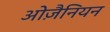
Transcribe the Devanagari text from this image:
ओज़ैनियन